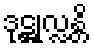
ဒုဋ္ဌုလ္လန္တိ